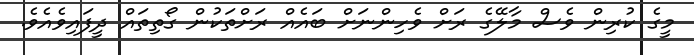
މީގެ ކުރިން ވެސް މާލޭގެ ރަށް ވެހިންނަށް ބައެއް ރަށްތަކުން ގޯތިތައް ދީފައިވެއެވެ.